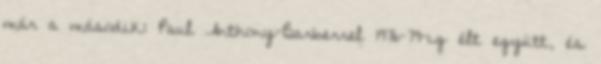
már a második: Paul Anthony-Barberrel 1976-79-ig élt együtt, és